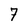
Character: 7